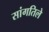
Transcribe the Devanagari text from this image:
सांगतिले